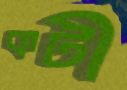
কটী